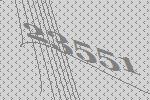
23551